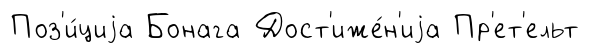
Поз'и́циjа Бонага Дост'иже́н'иjа Пр'ет'ельт